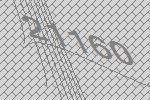
21160